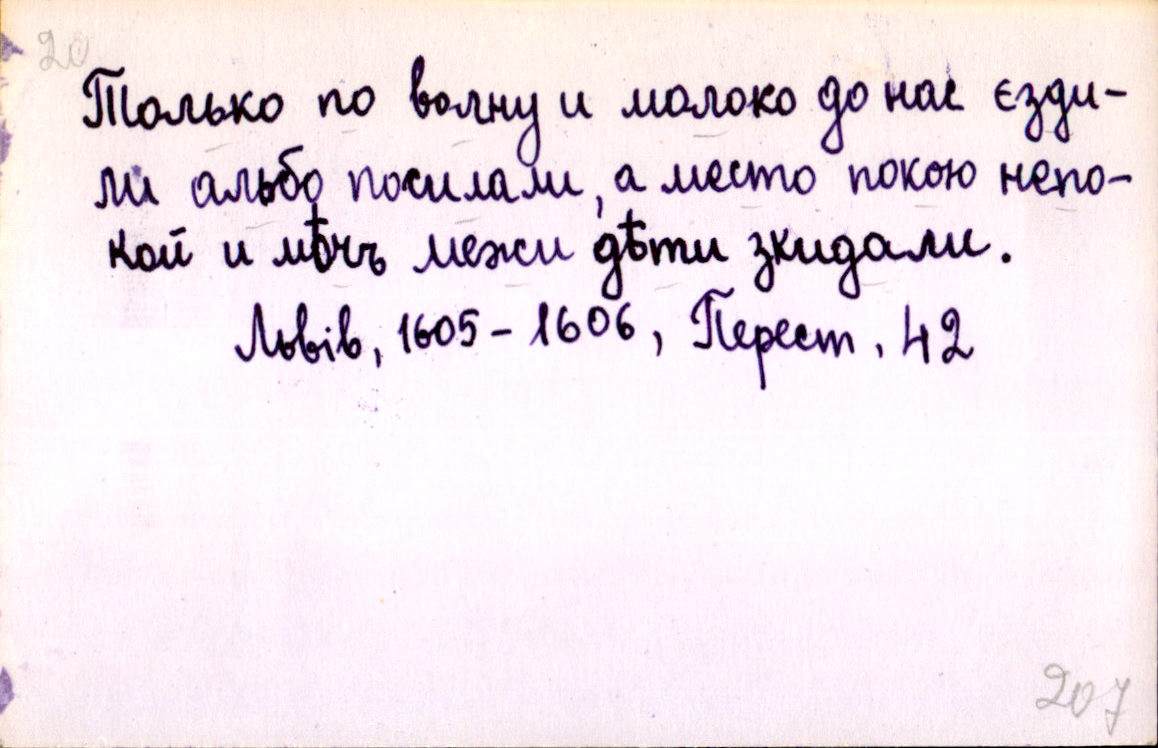
Только по волну и молоко до нас єзди-
ли альбо посилали, а место покою непо-
кой и мѣчъ межи дѣти зкидали.
Львів, 1605-1606, Перест. 42